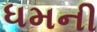
ધમની